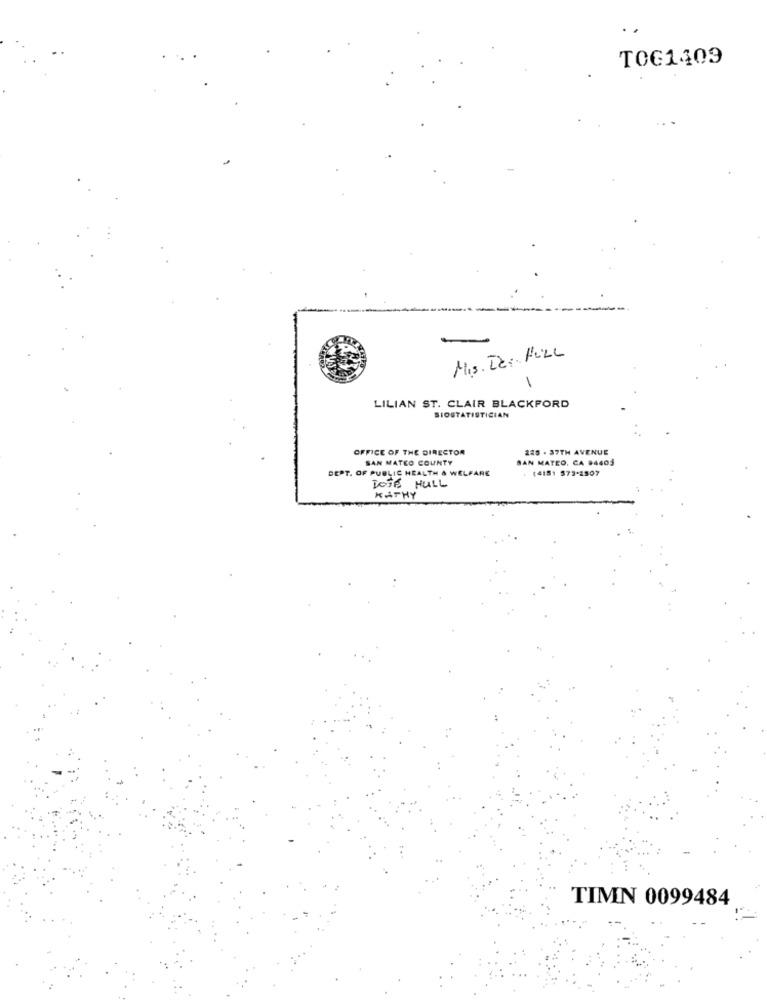
TOG1409
Mis. De: FULL
LILIAN ST. CLAIR BLACKFORD
SIOSTATISTICIAN
OFFICE OF THE DIRECTOR
225 . 37TH AVENUE
SAN MATEO COUNTY
SAN MATEO, CA 94403
DEPT. OF PUBLIC HEALTH & WELFARE
(4181 573-2507
DOTA HULL
KATHY
TIMN 0099484